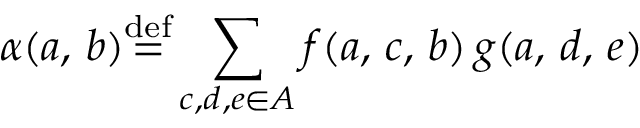
\alpha ( a , \, b ) { \stackrel { \mathrm { d e f } } { = } } \displaystyle \sum _ { c , d , e \in A } f ( a , \, c , \, b ) \, g ( a , \, d , \, e )